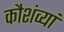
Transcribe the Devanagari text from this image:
कौशंव्यां